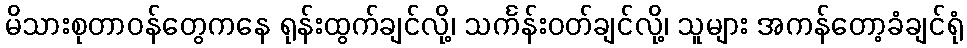
မိသားစုတာဝန်တွေကနေ ရုန်းထွက်ချင်လို့၊ သင်္ကန်းဝတ်ချင်လို့၊ သူများ အကန်တော့ခံချင်ရုံ